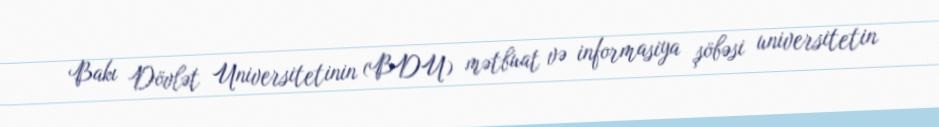
Bakı Dövlət Universitetinin (BDU) mətbuat və informasiya şöbəsi universitetin